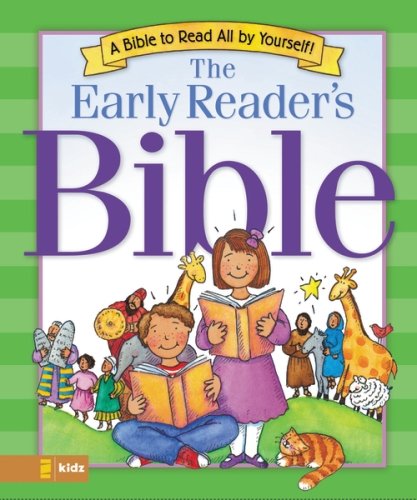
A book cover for Early Readers Bible; V. Gilbert Beers; Education & Teaching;